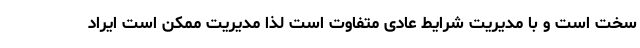
سخت است و با مدیریت شرایط عادی متفاوت است لذا مدیریت ممکن است ایراد